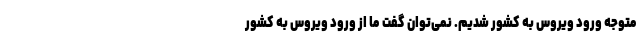
متوجه ورود ویروس به کشور شدیم. نمی‌توان گفت ما از ورود ویروس به کشور